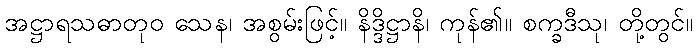
အဋ္ဌာရသဓာတုဝ သေန၊ အစွမ်းဖြင့်။ နိဒ္ဒိဋ္ဌာနိ၊ ကုန်၏။ စက္ခဒီသု၊ တို့တွင်။